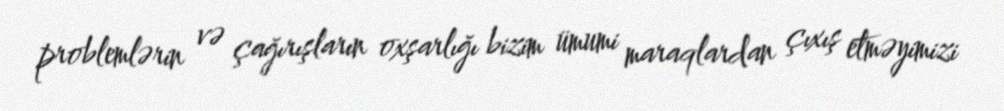
problemlərin və çağırışların oxşarlığı bizim ümumi maraqlardan çıxış etməyimizi